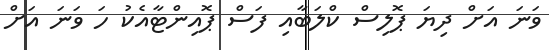
ވަނަ އަށް ދިޔަ ޕޮލިސް ކްލަބާއި ފަސް ޕޮއިންޓާއެކު ހަ ވަނަ އަށް